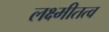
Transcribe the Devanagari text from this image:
लक्ष्मीतत्व